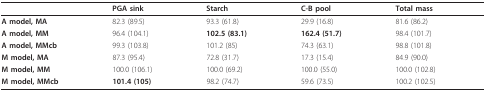
|  | PGA sink | Starch | C-B pool | Total mass |
 | --- | --- | --- | --- | --- |
 | A model, MA | 82.3 (89.5) | 93.3 (61.8) | 29.9 (16.8) | 81.6 (86.2) |
 | A model, MM | 96.4 (104.1) | 102.5 (83.1) | 162.4 (51.7) | 98.4 (101.7) |
 | A model, MMcb | 99.3 (103.8) | 101.2 (85) | 74.3 (63.1) | 98.8 (101.8) |
 | M model, MA | 87.3 (95.4) | 72.8 (31.7) | 17.3 (15.4) | 84.9 (90.0) |
 | M model, MM | 100.0 (106.1) | 100.0 (69.2) | 100.0 (55.0) | 100.0 (102.8) |
 | M model, MMcb | 101.4 (105) | 98.2 (74.7) | 59.6 (73.5) | 100.2 (102.5) |